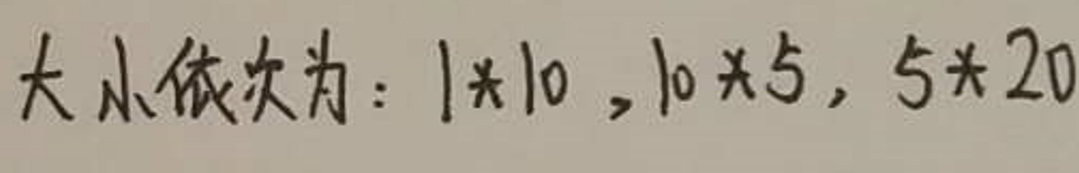
大小依次为：$1\times10,10\times5,5\times20$